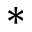
*